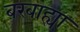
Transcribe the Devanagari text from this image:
बरबाह्या